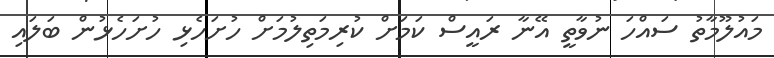
މައުލޫމާތު ސައްހަ ނުވާތީ އޭނާ ރައީސް ކަމަށް ކުރިމަތިލުމަށް ހުށަހެޅި ހުށަހެޅުން ބަލައި